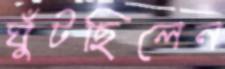
ঘুঁটছিলেন